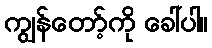
ကျွန်တော့်ကို ခေါ်ပါ။